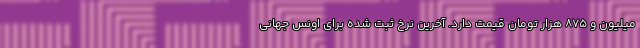
میلیون و ۸۷۵ هزار تومان قیمت دارد. آخرین نرخ ثبت شده برای اونس جهانی